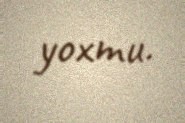
yoxmu.